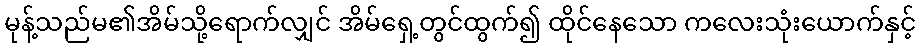
မုန့်သည်မ၏အိမ်သို့ရောက်လျှင် အိမ်ရှေ့တွင်ထွက်၍ ထိုင်နေသော ကလေးသုံးယောက်နှင့်